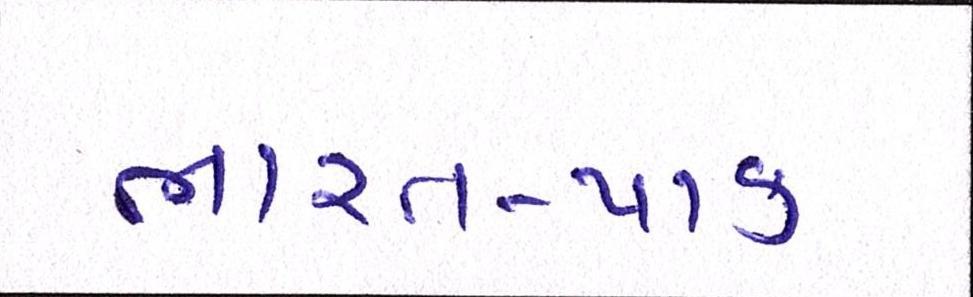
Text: ભારત-પાક